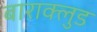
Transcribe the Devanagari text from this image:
बाराक्लुड